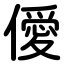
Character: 僾